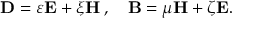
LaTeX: \mathbf { D } = \varepsilon \mathbf { E } + \xi \mathbf { H } \, , \quad \mathbf { B } = \mu \mathbf { H } + \zeta \mathbf { E } .